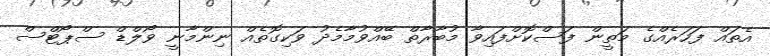
އެތައް ފަހަރެއްގެ މަތީން ފަސްކޮށްފައިވާ މުބާރާތް ބޭއްވުމާމެދު ވަކިގޮތެއް ނިންމާނީ ވޯލްޑް ސްޕޯޓްސް